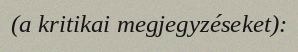
(a kritikai megjegyzéseket):